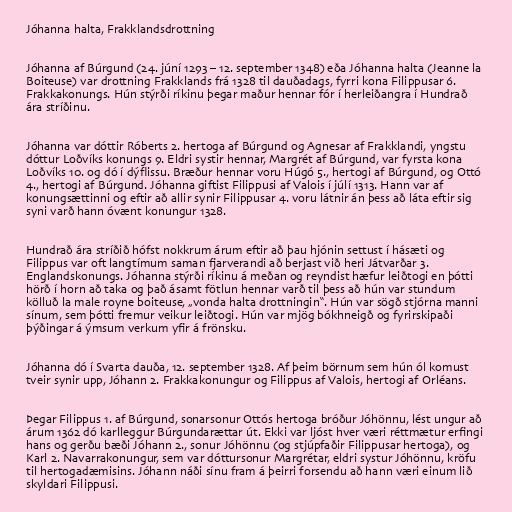
Jóhanna halta, Frakklandsdrottning

Jóhanna af Búrgund (24. júní 1293 – 12. september 1348) eða Jóhanna halta (Jeanne la
Boiteuse) var drottning Frakklands frá 1328 til dauðadags, fyrri kona Filippusar 6.
Frakkakonungs. Hún stýrði ríkinu þegar maður hennar fór í herleiðangra í Hundrað
ára stríðinu.

Jóhanna var dóttir Róberts 2. hertoga af Búrgund og Agnesar af Frakklandi, yngstu
dóttur Loðvíks konungs 9. Eldri systir hennar, Margrét af Búrgund, var fyrsta kona
Loðvíks 10. og dó í dýflissu. Bræður hennar voru Húgó 5., hertogi af Búrgund, og Ottó
4., hertogi af Búrgund. Jóhanna giftist Filippusi af Valois í júlí 1313. Hann var af
konungsættinni og eftir að allir synir Filippusar 4. voru látnir án þess að láta eftir sig
syni varð hann óvænt konungur 1328.

Hundrað ára stríðið hófst nokkrum árum eftir að þau hjónin settust í hásæti og
Filippus var oft langtímum saman fjarverandi að berjast við heri Játvarðar 3.
Englandskonungs. Jóhanna stýrði ríkinu á meðan og reyndist hæfur leiðtogi en þótti
hörð í horn að taka og það ásamt fötlun hennar varð til þess að hún var stundum
kölluð la male royne boiteuse, „vonda halta drottningin“. Hún var sögð stjórna manni
sínum, sem þótti fremur veikur leiðtogi. Hún var mjög bókhneigð og fyrirskipaði
þýðingar á ýmsum verkum yfir á frönsku.

Jóhanna dó í Svarta dauða, 12. september 1328. Af þeim börnum sem hún ól komust
tveir synir upp, Jóhann 2. Frakkakonungur og Filippus af Valois, hertogi af Orléans.

Þegar Filippus 1. af Búrgund, sonarsonur Ottós hertoga bróður Jóhönnu, lést ungur að
árum 1362 dó karlleggur Búrgundarættar út. Ekki var ljóst hver væri réttmætur erfingi
hans og gerðu bæði Jóhann 2., sonur Jóhönnu (og stjúpfaðir Filippusar hertoga), og
Karl 2. Navarrakonungur, sem var dóttursonur Margrétar, eldri systur Jóhönnu, kröfu
til hertogadæmisins. Jóhann náði sínu fram á þeirri forsendu að hann væri einum lið
skyldari Filippusi.